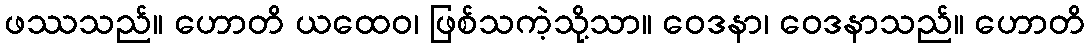
ဖဿသည်။ ဟောတိ ယထေဝ၊ ဖြစ်သကဲ့သို့သာ။ ဝေဒနာ၊ ဝေဒနာသည်။ ဟောတိ